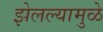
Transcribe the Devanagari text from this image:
झेलल्यामुळे